Indian journal of veterinary science and animal husbandry - Volumes 15-17, 1948-1951
Year: 1948
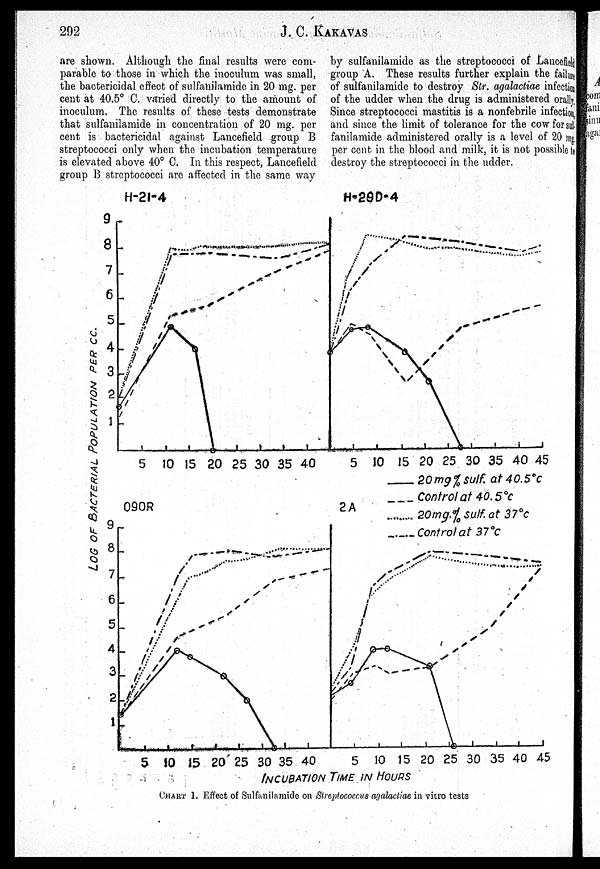
292
J. C. KAKAVAS
are shown. Although the final results were com-
parable to those in which the inoculum was small,
the bactericidal effect of sulfanilamide in 20 mg. per
cent at 40.5° C. varied directly to the amount of
inoculum. The results of these tests demonstrate
that sulfanilamide in concentration of 20 mg. per
cent is bactericidal against Lancefield group B
streptococci only when the incubation temperature
is elevated above 40° C. In this respect, Lancefield
group B streptococci are affected in the same way
by sulfanilamide as the streptococci of Lancefield
group A. These results further explain the failure
of sulfanilamide to destroy Str. agalactiae infection
of the udder when the drug is administered orally,
Since streptococci mastitis is a nonfebrile infection,
and since the limit of tolerance for the cow for sul-
fanilamide administered orally is a level of 20 mg.
per cent in the blood and milk, it is not possible to
destroy the streptococci in the udder.
CHART 1. Effect of Sulfanilamide on Streptococcus agalactiae in vitro tests